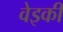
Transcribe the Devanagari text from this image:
वेइकी